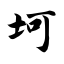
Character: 坷